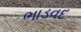
ભાડવદ